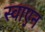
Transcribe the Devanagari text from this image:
स्वाएन